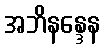
အဘိနန္ဒေန